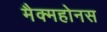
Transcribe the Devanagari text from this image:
मैक्महोनस